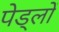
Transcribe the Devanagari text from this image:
पेड्लों